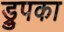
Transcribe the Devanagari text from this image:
ड्रुपका